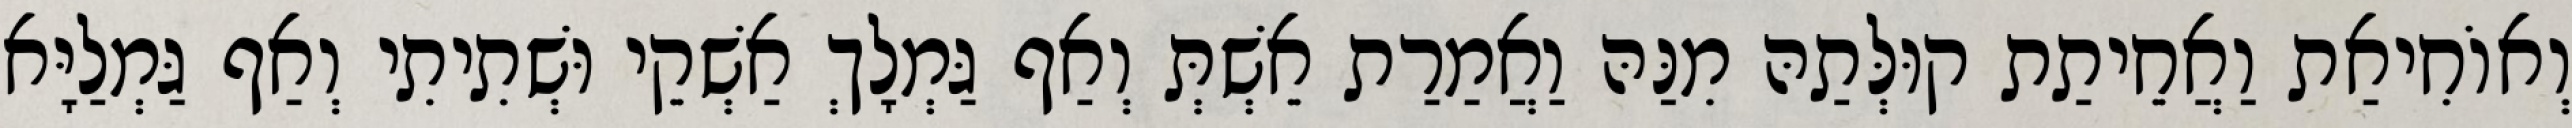
וְאוֹחִיאַת וַאֲחֵיתַת קוּלְּתַהּ מִנַּהּ וַאֲמַרַת אֵשְׁתְּ וְאַף גַּמְלָךְ אַשְׁקֵי וּשְׁתִיתִי וְאַף גַּמְלַיָּא